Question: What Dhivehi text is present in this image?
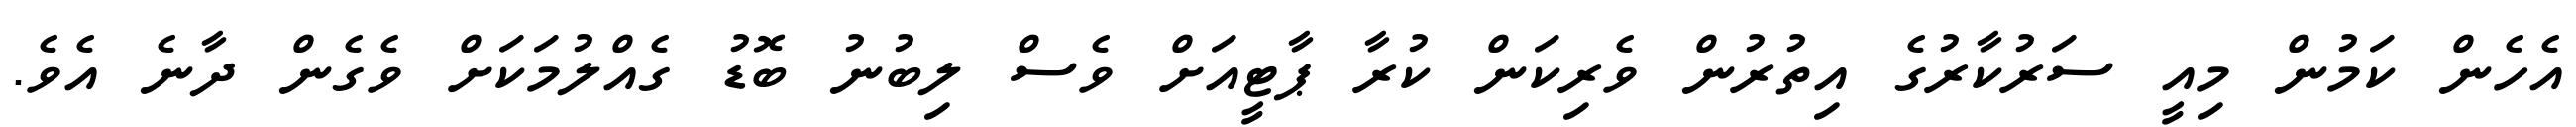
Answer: އެހެން ކަމުން މިއީ ސަރުކާރުގެ އިތުރުން ވެރިކަން ކުރާ ޕާޓީއަށް ވެސް ލިބުނު ބޮޑު ގެއްލުމަކަށް ވެގެން ދާނެ އެވެ.